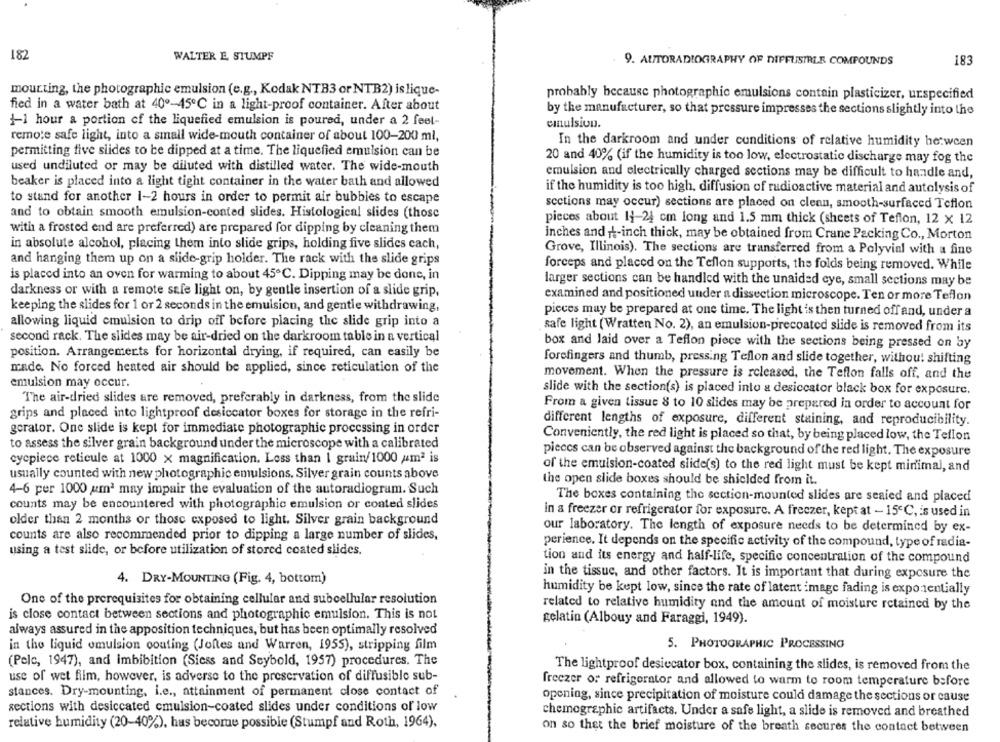
182
WALTER E STUMPF
183
9. AUTORADIOGRAPHY OF DIFFUSIRLE COMPOUNDS
mounting, the photographic emulsion (e.g ., Kodak NTB3 or NTB2) islique-
probably because photographic emulsions contain plasticizer, urspecified
fied in a water bath at 40º-45℃ in a light-proof container. After about
by the manufacturer, so that pressure impresses the sections slightly into the
+1 hour a portion of the liquefied emulsion is poured, under a 2 feel-
emulsion.
remote safe light, into a small wide-mouth container of about 100-200 ml,
In the darkroom and under conditions of relative humidity he:ween
permitting five slides to be dipped at a time. The liquefied emulsion can be
20 and 40% (if the humidity is too low, electrostatic discharge may fog the
used undiluted or may be diluted with distilled water. The wide-mouth
emulsion and electrically charged sections may be difficult to handle and,
beaker is placed into a light tight container in the water bath and allowed
if the humidity is too high, diffusion of radioactive material and autolysis of
to stand for another 1-2 hours in order to permit air bubbles to escape
sections may occur) sections are placed on clean, smooth-surfaced Teflon
and to obtain smooth emulsion-conted slides. Histological slides (those
pieces about 11-24 cm long and 1.5 mm thick (sheets of Teflon, 12 x 12
with a frosted end are preferred) are prepared for dipping by cleaning them
inches and it-inch thick, may be obtained from Crane Packing Co ., Morton
in absolute alcohol, placing them into slide grips, holding five slides cach,
Grove, Illinois). The sections are transferred from a Polyvial with a fine
and hanging them up on a slide-grip holder. The rack with the slide grips
forceps and placed on the Teflon supports, the folds being removed. While
is placed into an oven for warming to about 45℃. Dipping may be done, in
larger sections can be handled with the unaided eye, small sections may be
darkness or with a remote safe light on, by gentle insertion of a slide grip,
examined and positioned under a dissection microscope. Ten or more Teflon
keeping the slides for 1 or 2 seconds in the emulsion, and gentle withdrawing,
pieces may be prepared at one time. The light is then turned off and, under a
allowing liquid emulsion to drip off before placing the slide grip into a
safe light (Wratten No. 2), an emulsion-precoated slide is removed from its
second rack. The slides may be air-dried on the darkroom table in a vertical
box and laid over a Teflon piece with the sections being pressed on by
position. Arrangements for horizontal drying, if required, can easily be
forefingers and thumb, pressing Teflon and slide together, withou! shifting
made. No forced heated air should be applied, since reticulation of the
movement. When the pressure is released, the Teflon falls off, and the
emulsion may occur.
slide with the section(s) is placed into a desiccator black box for exposure.
The air-dried slides are removed, preferably in darkness, from the slide
From a given tissue 8 to 10 slides may be prepared in order to account for
grips and placed into lightproof desiccator boxes for storage in the refri-
different lengths of exposure, different staining, and reproducibility.
gerator. One slide is kept for immediate photographic processing in order
Conveniently, the red light is placed so that, by being placed low, the Teflon
to assess the silver grain background under the microscope with a calibrated
pieces can be observed against the background of the red light. The exposure
cycpiece reticule at 1000 x magnification. Less than I grain/1000 um2 is
of the emulsion-coated slide(s) to the red light must be kept minimal, and
usually counted with new photographic emulsions. Silver grain counts above
the open slide boxes should be shielded from it.
4-6 per 1000 um2 may impair the evaluation of the autoradiogram. Such
The boxes containing the section-mounted slides are sealed and placed
counts may be encountered with photographic emulsion or coated slides
in a freezer or refrigerator for exposure. A freezer, kept at - 15℃, is used in
older than 2 months or those exposed to light. Silver grain background
our laboratory. The length of exposure needs to be determined by ex-
counts are also recommended prior to dipping a large number of slides,
perience. It depends on the specific activity of the compound, type of radia-
using a test slide, or before utilization of stored coated slides.
tion and its energy and half-life, specific concentration of the compound
in the tissue, and other factors. It is important that during exposure the
4. DRY-MOUNTING (Fig. 4, bottom)
humidity be kept low, since the rate of latent image fading is exponentially
One of the prerequisites for obtaining cellular and subcellular resolution
related to relative humidity and the amount of moisture retained by the
is close contact between sections and photographic emulsion. This is not
gelatin (Albouy and Faraggi, 1949).
always assured in the apposition techniques, but has been optimally resolved
5. PHOTOGRAPHIC PROCESSING
in the liquid emulsion couting (Joftes and Warren, 1955), stripping film
(Pelc, 1947), and imbibition (Siess and Seybold, 1957) procedures. The
The lightproof desiccator box, containing the slides, is removed from the
use of wet film, however, is adverse to the preservation of diffusible sub-
freezer or refrigerator and allowed to warm to room temperature before
stances. Dry-mounting, i.e ., attainment of permanent close contact of
opening, since precipitation of moisture could damage the sections or cause
sections with desiccated emulsion-coated slides under conditions of low
chemographic artifacts. Under a safe light, a slide is removed and breathed
relative humidity (20-40%), has become possible (Stumpf and Roth, 1964).
on so thet the brief moisture of the breath secures the contact between